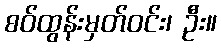
စဝ်ထွန်းမှတ်ဝင်း၊ ဦး။